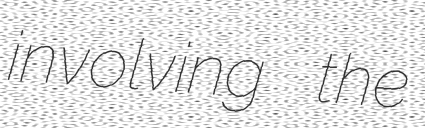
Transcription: involving the